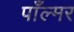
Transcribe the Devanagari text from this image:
पाँल्मर